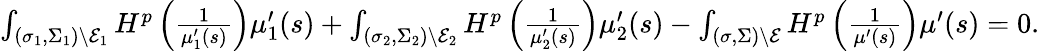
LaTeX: \begin{array}{r}{\int_{(\sigma_{1},\Sigma_{1})\setminus\mathcal{E}_{1}}H^{p}\left(\frac{1}{\mu_{1}^{\prime}(s)}\right)\mu_{1}^{\prime}(s)+\int_{(\sigma_{2},\Sigma_{2})\setminus\mathcal{E}_{2}}H^{p}\left(\frac{1}{\mu_{2}^{\prime}(s)}\right)\mu_{2}^{\prime}(s)-\int_{(\sigma,\Sigma)\setminus\mathcal{E}}H^{p}\left(\frac{1}{\mu^{\prime}(s)}\right)\mu^{\prime}(s)=0.}\end{array}